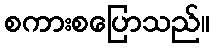
စကားစပြောသည်။